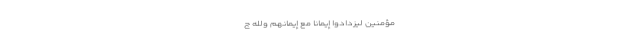
مُؤْمِنِينَ لِيَزْدَادُوا إِيمَانًا مَعَ إِيمَانِهِمْ وَلِلَّهِ ج